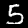
Label: 5